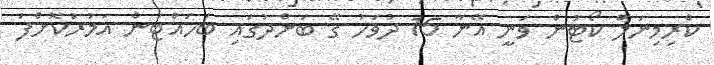
ކްރިމިނަލް ކޯޓުން ވަނީ އޭނާ 15 ދުވަހު ގޭ ބަންދުގައި ބަހައްޓަން އަމުރުކޮށްފަ